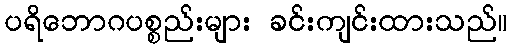
ပရိဘောဂပစ္စည်းများ ခင်းကျင်းထားသည်။